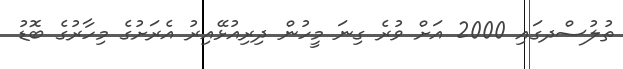
ތުލުސްދގައި 2000 އަށް ވުރެ ގިނަ މީހުން ދިރިއުޅޭއިރު އެރަށުގެ މިހާރުގެ ބޮޑު